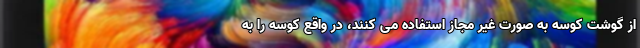
از گوشت کوسه به صورت غیر مجاز استفاده می کنند، در واقع کوسه را به